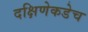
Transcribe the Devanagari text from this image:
दक्षिणेकडेच